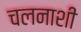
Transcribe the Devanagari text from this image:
चलनाशी